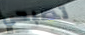
تصبحي